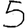
Digit: 5